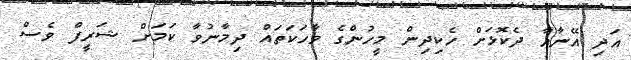
އަދި އޭނާއާ ދެކޮޅަށް ހެކިދިން މީހުންގެ ވާހަކަތައް ދިމާނުވާ ކަމަށް ޝަރީފް ވެސް